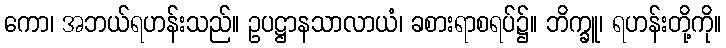
ကော၊ အဘယ်ရဟန်းသည်။ ဥပဋ္ဌာနသာလာယံ၊ ခစားရာစရပ်၌။ ဘိက္ခူ၊ ရဟန်းတို့ကို။